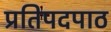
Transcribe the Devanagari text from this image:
प्रतिपदपाठ